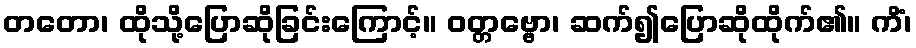
တတော၊ ထိုသို့ပြောဆိုခြင်းကြောင့်။ ဝတ္တဗ္ဗော၊ ဆက်၍ပြောဆိုထိုက်၏။ ကိံ၊